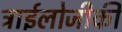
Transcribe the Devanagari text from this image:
ट्राईलोजीकी